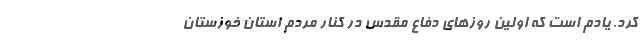
کرد. یادم است که اولین روزهای دفاع مقدس در کنار مردم استان خوزستان